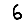
Digit: 6